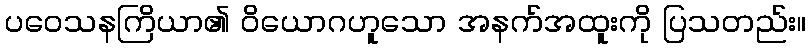
ပဝေသနကြိယာ၏ ဝိယောဂဟူသော အနက်အထူးကို ပြသတည်း။